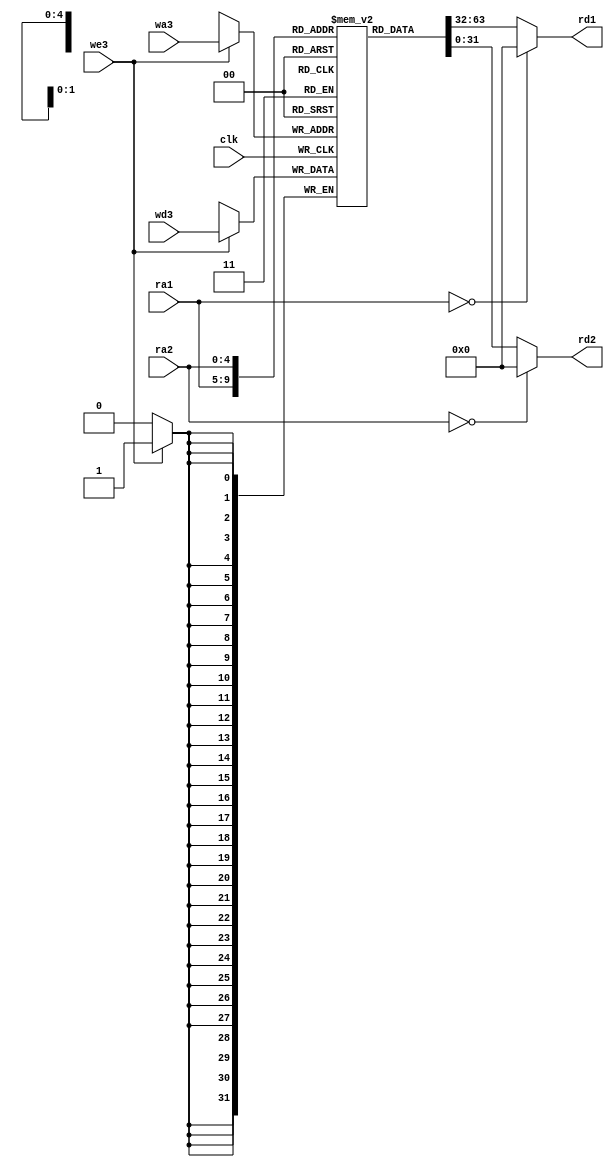
`timescale 1ns / 1ps

module regfile(
    input clk,
    input we3,
    input [4:0] ra1,
    input [4:0] ra2,
    input [4:0] wa3,
    input [31:0] wd3,
    output [31:0] rd1,
    output [31:0] rd2
    );
    reg [31:0] registerFile [31:0];
    always @(posedge clk)
    begin
    if (we3)
        registerFile[wa3] <= wd3;
    end
    
    assign rd1 = (ra1 == 0)?32'b0: registerFile[ra1];
    assign rd2 = (ra2 == 0)?32'b0: registerFile[ra2];

    
endmodule